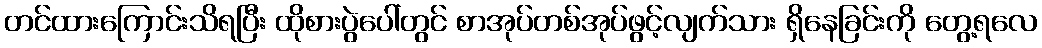
တင်ထားကြောင်းသိရပြီး ထိုစားပွဲပေါ်တွင် စာအုပ်တစ်အုပ်ဖွင့်လျက်သား ရှိနေခြင်းကို တွေ့ရလေ